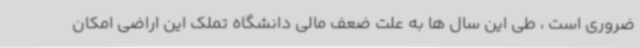
ضروری است ، طی این سال ها به علت ضعف مالی دانشگاه تملک این اراضی امکان